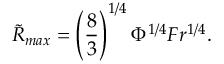
\tilde { R } _ { m a x } = \left( \frac { 8 } { 3 } \right) ^ { 1 / 4 } \Phi ^ { 1 / 4 } F r ^ { 1 / 4 } .